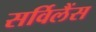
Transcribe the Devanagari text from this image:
सर्विलैंस